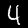
Label: 4